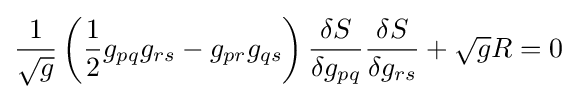
{\frac {1}{\sqrt {g}}}\left({\frac {1}{2}}g_{pq}g_{rs}-g_{pr}g_{qs}\right){\frac {\delta S}{\delta g_{pq}}}{\frac {\delta S}{\delta g_{rs}}}+{\sqrt {g}}R=0